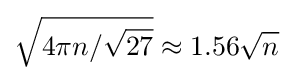
{\sqrt {4\pi n/{\sqrt {27}}}}\approx 1.56{\sqrt {n}}